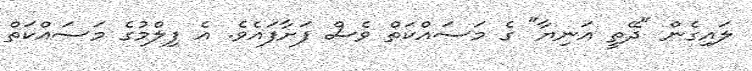
ލައިގެން "ދޭތީ އަނިޔާ" ގެ މަސައްކަތް ވެސް ފަށާފައެވެ. އެ ފިލްމުގެ މަސައްކަތް